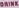
DRING